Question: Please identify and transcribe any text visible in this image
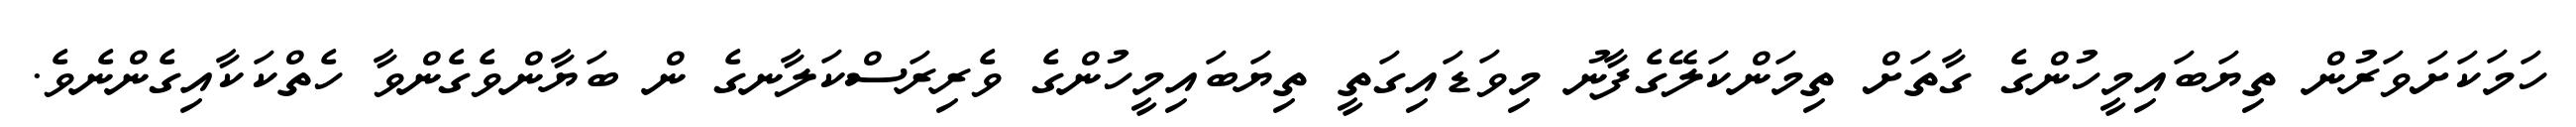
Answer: ހަމަކަށަވަރުން ތިޔަބައިމީހުންގެ ގާތަށް ތިމަންކަލޭގެފާނު މިވަޑައިގަތީ ތިޔަބައިމީހުންގެ ވެރިރަސްކަލާނގެ ން ބަޔާންވެގެންވާ ހެތްކަކާއިގެންނެވެ.